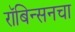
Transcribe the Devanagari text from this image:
रॉबिन्सनचा